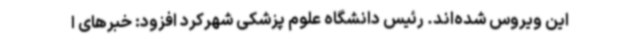
این ویروس شده‌اند. رئیس دانشگاه علوم پزشکی شهرکرد افزود: خبرهای ا